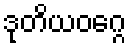
ဒုတိယဝဂ္ဂေ